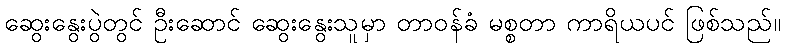
ဆွေးနွေးပွဲတွင် ဦးဆောင် ဆွေးနွေးသူမှာ တာဝန်ခံ မစ္စတာ ကာရိယပင် ဖြစ်သည်။